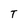
Character: T